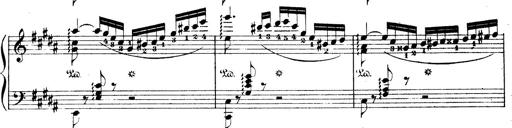
Title: Wagner-Liszt Album
Composer: Franz Liszt